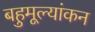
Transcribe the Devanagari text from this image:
बहुमूल्यांकन